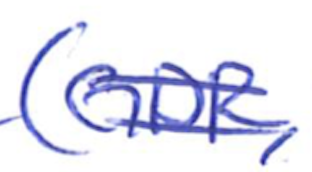
Text: (GDR,
Cross-out: mix
Writing tool: ballpoint